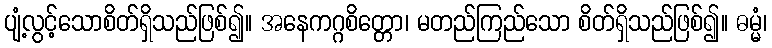
ပျံ့လွင့်သောစိတ်ရှိသည်ဖြစ်၍။ အနေကဂ္ဂစိတ္တော၊ မတည်ကြည်သော စိတ်ရှိသည်ဖြစ်၍။ ဓမ္မံ၊